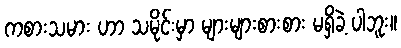
ကစားသမား ဟာ သမိုင်းမှာ များများစားစား မရှိခဲ့ ပါဘူး။